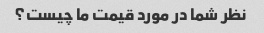
نظر شما در مورد قیمت ما چیست؟